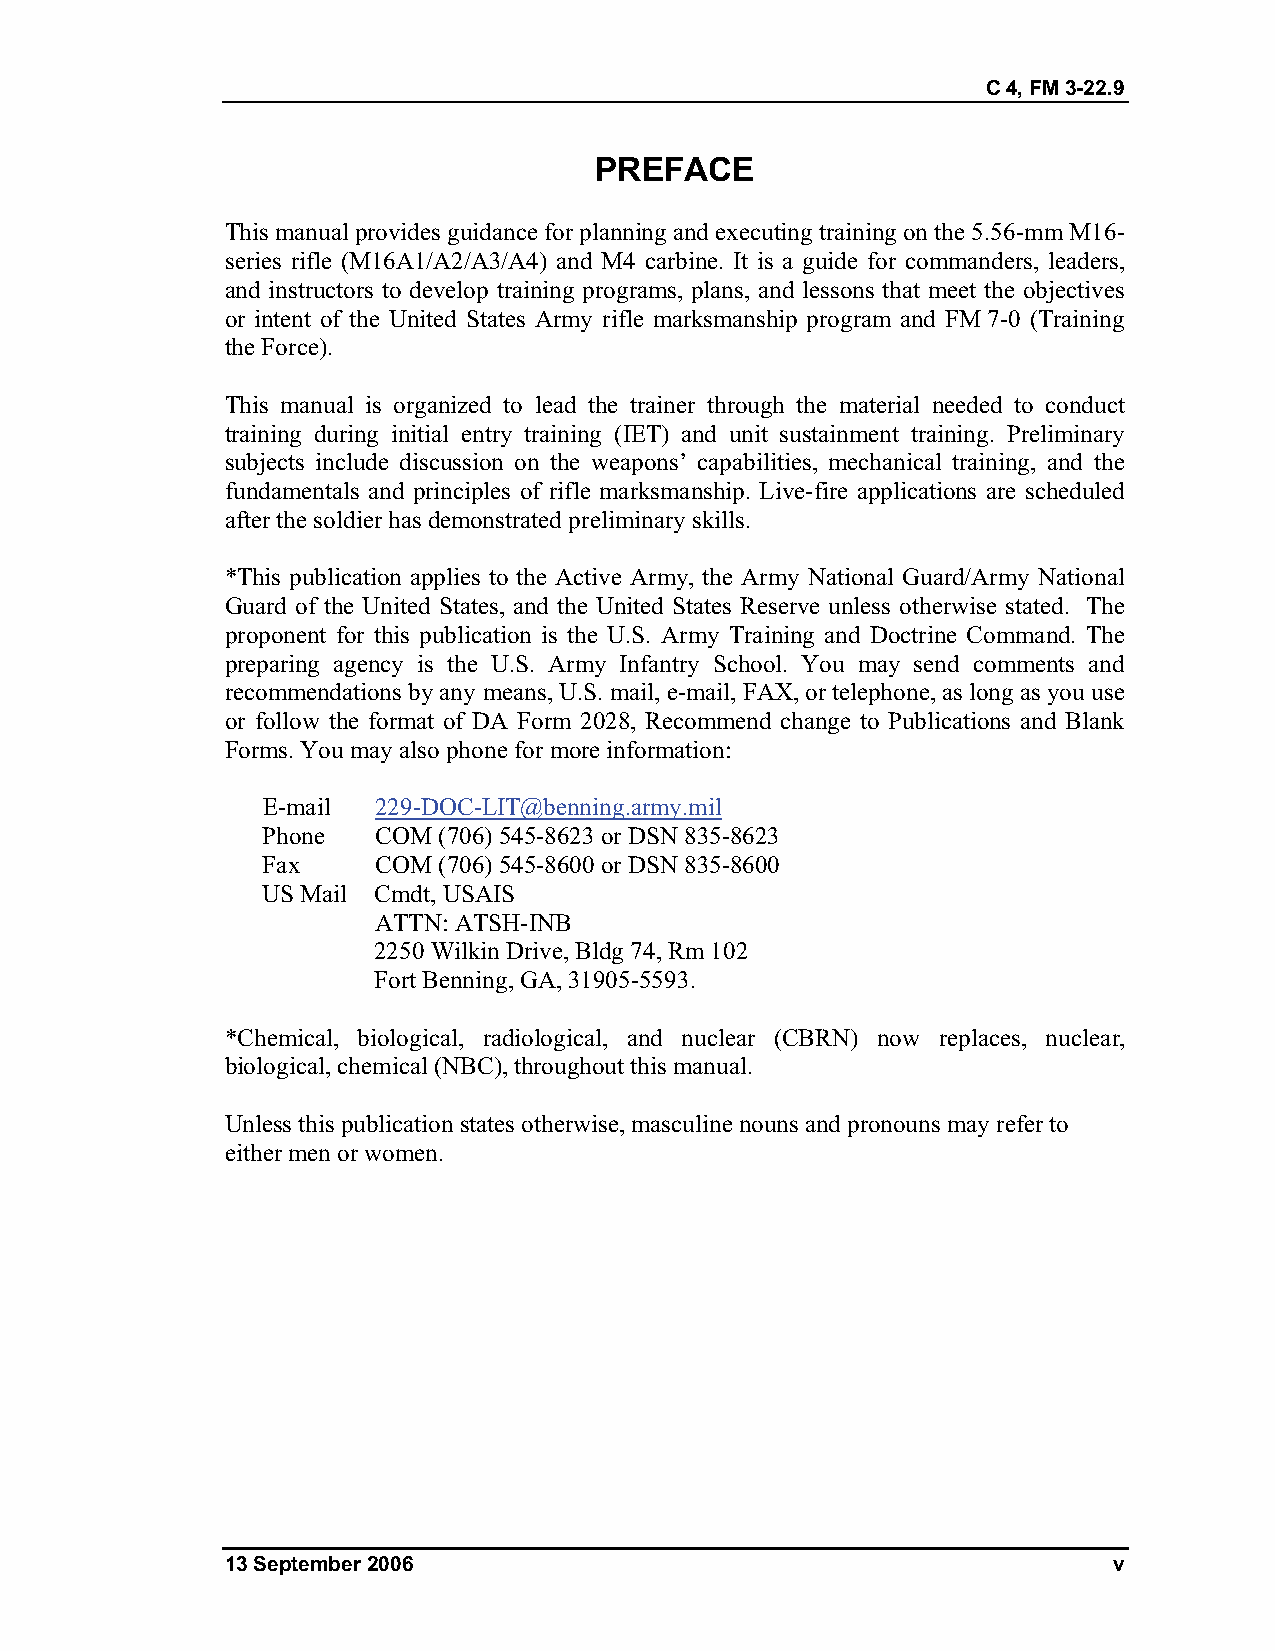
C 4, FM 3-22.9
 PREFACE
 This manual provides guidance for planning and executing training on the 5.56-mm M16-
 series rifle (M16A1/A2/A3/A4) and M4 carbine. It is a guide for commanders, leaders,
 and instructors to develop training programs, plans, and lessons that meet the objectives
 or intent of the United States Army rifle marksmanship program and FM 7-0 (Training
 the Force).
 This manual is organized to lead the trainer through the material needed to conduct
 training during initial entry training (IET) and unit sustainment training. Preliminary
 subjects include discussion on the weapons’ capabilities, mechanical training, and the
 fundamentals and principles of rifle marksmanship. Live-fire applications are scheduled
 after the soldier has demonstrated preliminary skills.
 *This publication applies to the Active Army, the Army National Guard/Army National
 Guard of the United States, and the United States Reserve unless otherwise stated. The
 proponent for this publication is the U.S. Army Training and Doctrine Command. The
 preparing agency is the U.S. Army Infantry School. You may send comments and
 recommendations by any means, U.S. mail, e-mail, FAX, or telephone, as long as you use
 or follow the format of DA Form 2028, Recommend change to Publications and Blank
 Forms. You may also phone for more information:
 E-mail  229-DOC-LIT@benning.army.mil
 Phone   COM (706) 545-8623 or DSN 835-8623
 Fax     COM (706) 545-8600 or DSN 835-8600
 US Mail Cmdt, USAIS
 ATTN: ATSH-INB
 2250 Wilkin Drive, Bldg 74, Rm 102
 Fort Benning, GA, 31905-5593.
 *Chemical, biological, radiological, and nuclear (CBRN) now replaces, nuclear,
 biological, chemical (NBC), throughout this manual.
 Unless this publication states otherwise, masculine nouns and pronouns may refer to
 either men or women.
 13 September 2006                                          v